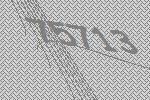
75713